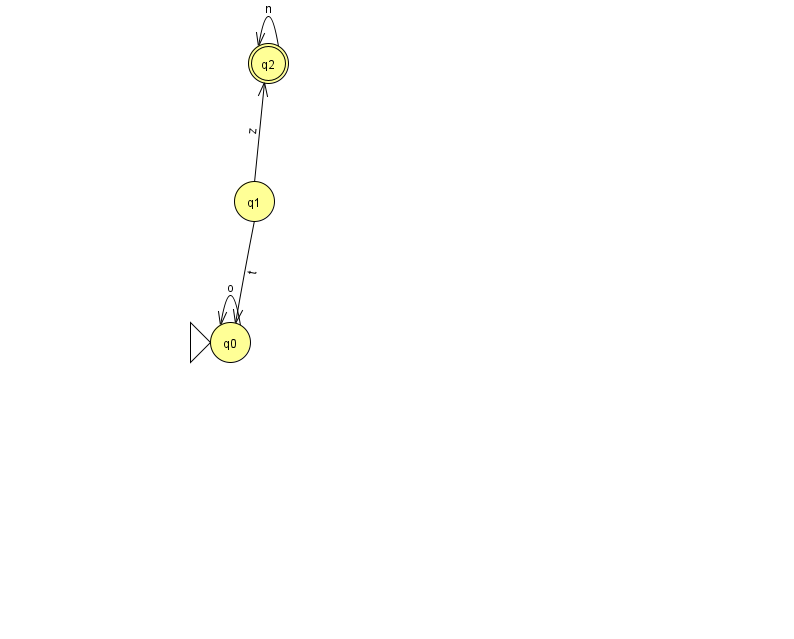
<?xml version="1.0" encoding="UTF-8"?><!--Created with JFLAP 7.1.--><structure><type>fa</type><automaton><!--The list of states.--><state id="0" name="q0"><x>230.0</x><y>329.0</y><initial/></state><state id="1" name="q1"><x>254.0</x><y>188.0</y></state><state id="2" name="q2"><x>268.0</x><y>50.0</y><final/></state><!--The list of transitions.--><transition><from>1</from><to>0</to><read>t</read></transition><transition><from>1</from><to>2</to><read>z</read></transition><transition><from>2</from><to>2</to><read>n</read></transition><transition><from>0</from><to>0</to><read>o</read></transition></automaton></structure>